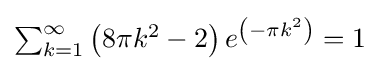
\textstyle \sum _{k=1}^{\infty }\left(8\pi k^{2}-2\right)e^{\left(-\pi k^{2}\right)}=1